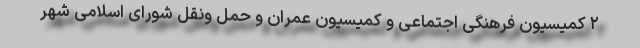
٢ کمیسیون فرهنگی اجتماعی و کمیسیون عمران و حمل ونقل شورای اسلامی شهر